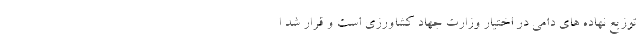
توزیع نهاده های دامی در اختیار وزارت جهاد کشاورزی است و قرار شد ا